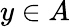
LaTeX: y\in A